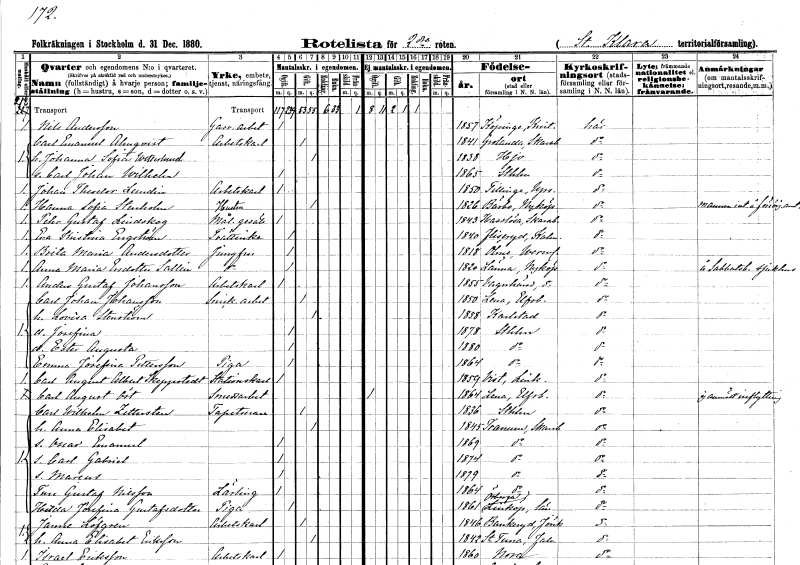
gt_parse: households: individuals: FN: Nils
EN: Andersson
YRKE: Gasverksarbetare
KON: M
CIV: O
FODAR: 1857
FODFORS: Köpinge Kristianstads län
FN: Carl Emanuel
EN: Almqvist
YRKE: Arbetskarl
KON: M
CIV: G
FODAR: 1841
FODFORS: Grolanda Skaraborgs län
FN: Johanna Sofia
EN: Wetterlund
KON: K
CIV: G
FODAR: 1838
FODFORS: Hjo Skaraborgs län
FN: Carl Johan Wilhelm
KON: M
CIV: O
FODAR: 1865
FODFORS: Stockholm
FN: Johan Theodor
EN: Lundin
YRKE: Arbetskarl
KON: M
CIV: O
FODAR: 1850
FODFORS: Tillinge Uppsala län
FN: Hanna Sofia
EN: Stenholm
YRKE: Hustru
KON: K
CIV: G
FODAR: 1826
FODFORS: Bärbo Södermanlands län
FN: Peter Gustaf
EN: Lindskog
YRKE: Målaregesäll
KON: M
CIV: O
FODAR: 1843
FODFORS: Hasslösa Skaraborgs län
FN: Eva Kristina
EN: Engström
YRKE: Tvätterska
KON: K
CIV: O
FODAR: 1840
FODFORS: Fliseryd Kalmar län
FN: Brita Maria
EN: Andersdotter
YRKE: Jungfru
KON: K
CIV: O
FODAR: 1818
FODFORS: Ölme Värmlands län
FN: Anna Maria
EN: Ersdotter Sallin
YRKE: Jungfru
KON: K
CIV: O
FODAR: 1820
FODFORS: Länna Södermanlands län
FN: Anders Gustaf
EN: Johansson
YRKE: Arbetskarl
KON: M
CIV: O
FODAR: 1855
FODFORS: Vagnhärad Södermanlands län
FN: Carl Johan
EN: Johansson
YRKE: Snickeriarbetare
KON: M
CIV: G
FODAR: 1850
FODFORS: Lena Älvsborgs län
FN: Lovisa
EN: Stenström
KON: K
CIV: G
FODAR: 1858
FODFORS: Karlstad Värmlands län
FN: Josefina
KON: K
CIV: O
FODAR: 1878
FODFORS: Stockholm
FN: Ester Augusta
KON: K
CIV: O
FODAR: 1880
FODFORS: Stockholm
FN: Emma Josefina
EN: Pettersson
YRKE: Piga
KON: K
CIV: O
FODAR: 1864
FODFORS: Stockholm
FN: Carl August Albert
EN: Skeppstedt
YRKE: Stationskarl
KON: M
CIV: O
FODAR: 1859
FODFORS: Vist Östergötlands län
FN: Carl August
EN: Öst
YRKE: Smedsarbetare
KON: M
CIV: O
FODAR: 1864
FODFORS: Lena Älvsborgs län
FN: Carl Wilhelm
EN: Zettersten
YRKE: Tapetserare
KON: M
CIV: G
FODAR: 1836
FODFORS: Stockholm
FN: Anna Elisabet
KON: K
CIV: G
FODAR: 1845
FODFORS: Tranum Skaraborgs län
FN: Oscar Emanuel
KON: M
CIV: O
FODAR: 1869
FODFORS: Stockholm
FN: Carl Gabriel
KON: M
CIV: O
FODAR: 1874
FODFORS: Stockholm
FN: Marcus
KON: M
CIV: O
FODAR: 1879
FODFORS: Stockholm
FN: Ture Gustaf
EN: Nilsson
YRKE: Lärling
KON: M
CIV: O
FODAR: 1864
FODFORS: Stockholm
FN: HIlda Josefina
EN: Gustafsdotter
YRKE: Piga
KON: K
CIV: O
FODAR: 1861
FODFORS: Örberga Östergötlands län